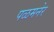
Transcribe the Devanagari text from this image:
पळमनेर